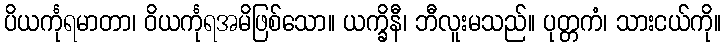
ပိယင်္ကုရမာတာ၊ ဝိယင်္ကုရအမိဖြစ်သော။ ယက္ခိနီ၊ ဘီလူးမသည်။ ပုတ္တကံ၊ သားငယ်ကို။